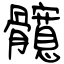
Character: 髖